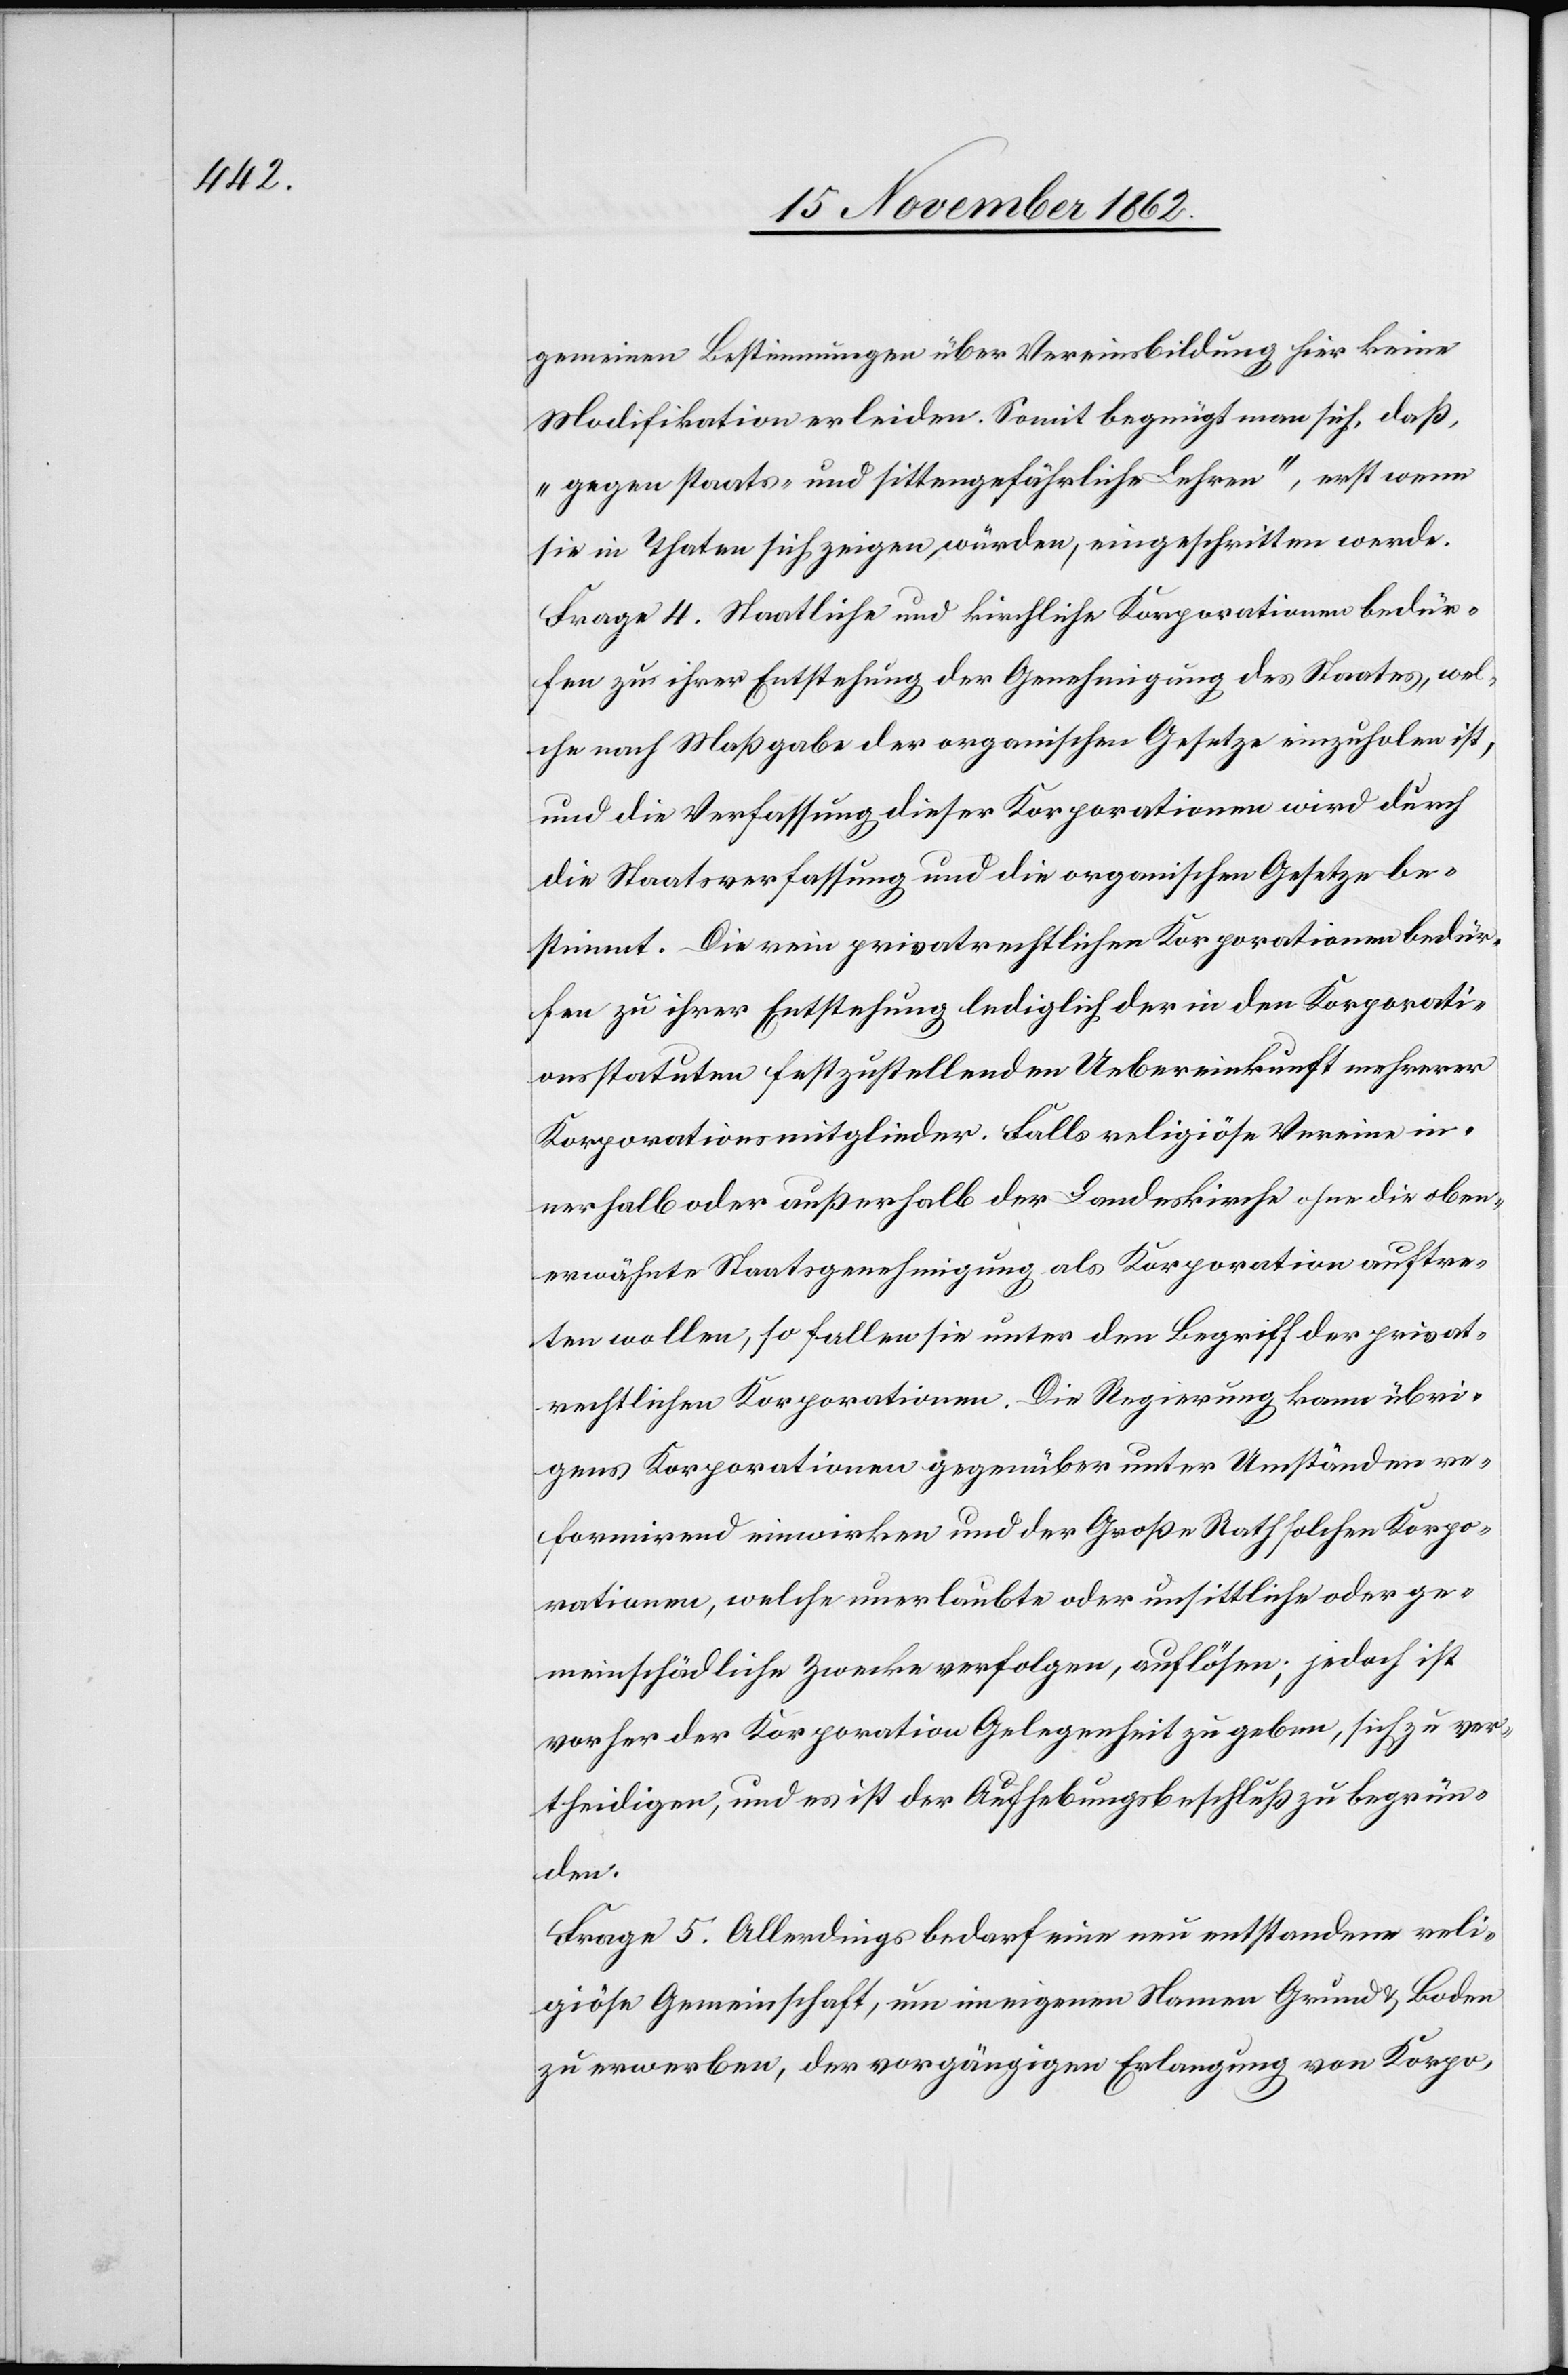
gemeinen Bestimmungen über Vereinsbildung hier keine
Modifikation erleiden. Somit begnügt man sich, daß,
„Gegen staats- und sittengefährliche Lehren“, erst wenn
sie in Thaten sich zeigen würden, eingeschritten werde.
Frage 4. Staatliche und kirchliche Korporationen bedür¬
fen zu ihrer Entstehung der Genehmigung des Staates, wel¬
che nach Maßgabe der argauischen Gesetze einzuholen ist,
und die Verfassung dieser Korporationen wird durch
die Staatsverfassung und die argauischen Gesetze be¬
stimmt. Die rein privatrechtlichen Korporationen bedür¬
fen zu ihrer Entstehung lediglich der in den Korporati¬
onsstatuten festzustellenden Uebereinkunft mehrerer
Korporationsmitglieder. Falls religiöse Vereine in¬
nerhalb oder außerhalb der Landeskirche ohne die oben¬
erwähnte Staatsgenehmigung als Korporation auftre¬
ten sollen, so fallen sie unter den Begriff der privat¬
rechtlichen Korporationen. Die Regierung kann übri¬
gens Korporationen gegenüber unter Umständen re¬
formirend einwirken und der Große Rath solchen Korpo¬
rationen, welche unerlaubte oder unsittliche oder ge¬
meinschädliche Zwecke verfolgen, auflösen; jedoch ist
vorher der Korporation Gelegenheit zu geben, sich zu ver¬
theidigen, und es ist der Aufhebungsbeschluß zu begrün¬
den.
Frage 5. Allerdings bedarf eine neue entstandene reli¬
giöse Gemeinschaft, um im eigenen Namen Grund u. Boden
zu erwerben, der vorgängigen Erlangung von Korpo-